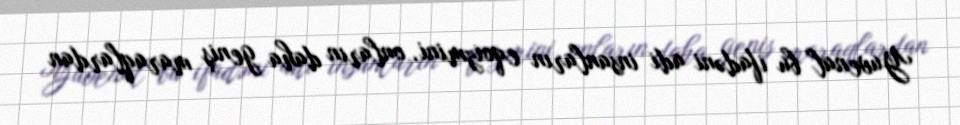
Yuvenal bu ifadəni adi insanların eqoizmini, onların daha geniş maraqlardan